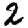
Digit: 2